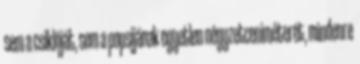
sem a csiklóját, sem a popsijának egyetlen négyzetceniméterét, mindenre